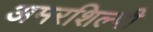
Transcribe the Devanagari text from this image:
अमरशिल्पी